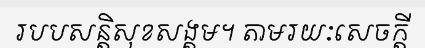
របបសន្តិសុខសង្គម។ តាមរយៈសេចក្តី